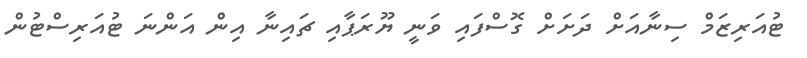
ޓުއަރިޒަމް ސިނާއަށް ދަށަށް ގޮސްފައި ވަނީ ޔޫރަޕާއި ޗައިނާ އިން އަންނަ ޓުއަރިސްޓުން